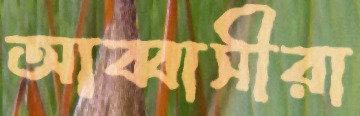
আব্বাসীরা